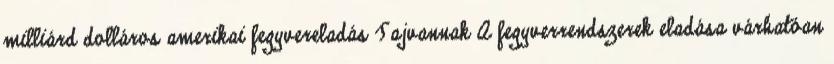
milliárd dolláros amerikai fegyvereladás Tajvannak A fegyverrendszerek eladása várhatóan